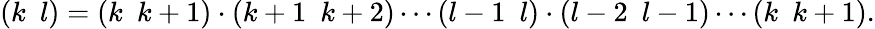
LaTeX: (k~~l)=(k~~k+1)\cdot(k+1~~k+2)\cdots(l-1~~l)\cdot(l-2~~l-1)\cdots(k~~k+1).